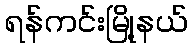
ရန်ကင်းမြို့နယ်